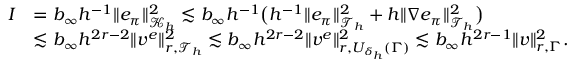
\begin{array} { r l } { I } & { = b _ { \infty } h ^ { - 1 } \| e _ { \pi } \| _ { \mathcal { K } _ { h } } ^ { 2 } \lesssim b _ { \infty } h ^ { - 1 } \bigl ( h ^ { - 1 } \| e _ { \pi } \| _ { \mathcal { T } _ { h } } ^ { 2 } + h \| \nabla e _ { \pi } \| _ { \mathcal { T } _ { h } } ^ { 2 } \bigr ) } \\ & { \lesssim b _ { \infty } h ^ { 2 r - 2 } \| v ^ { e } \| _ { r , \mathcal { T } _ { h } } ^ { 2 } \lesssim b _ { \infty } h ^ { 2 r - 2 } \| v ^ { e } \| _ { r , U _ { \delta _ { h } } ( \Gamma ) } ^ { 2 } \lesssim b _ { \infty } h ^ { 2 r - 1 } \| v \| _ { r , \Gamma } ^ { 2 } . } \end{array}